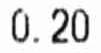
0.20